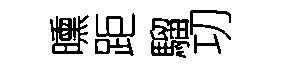
曛距騮㓛